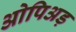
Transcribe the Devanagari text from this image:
ओपिअड़